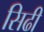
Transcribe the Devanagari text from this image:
सिढी